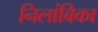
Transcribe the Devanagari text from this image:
निलांबिका